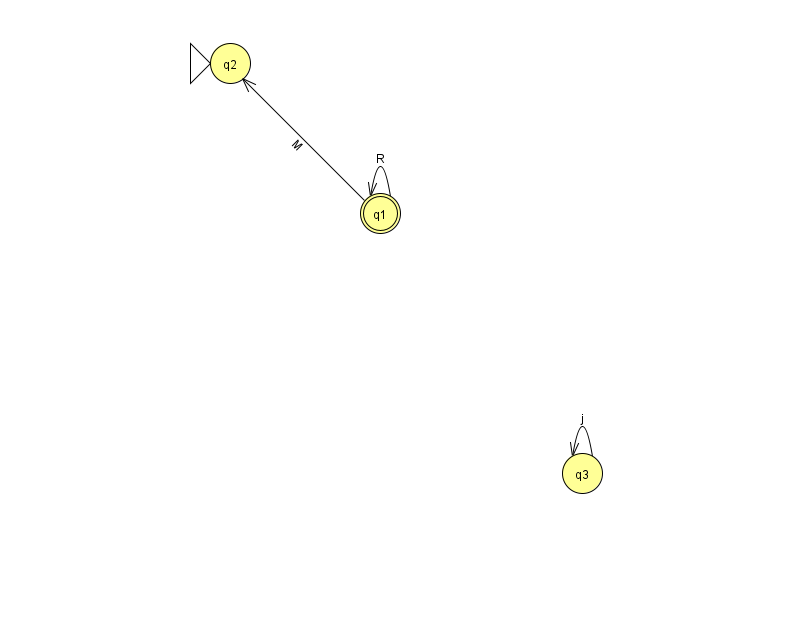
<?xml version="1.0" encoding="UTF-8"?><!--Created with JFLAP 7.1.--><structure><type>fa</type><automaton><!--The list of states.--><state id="1" name="q1"><x>380.0</x><y>200.0</y><final/></state><state id="2" name="q2"><x>230.0</x><y>50.0</y><initial/></state><state id="3" name="q3"><x>582.0</x><y>460.0</y></state><!--The list of transitions.--><transition><from>1</from><to>1</to><read>R</read></transition><transition><from>3</from><to>3</to><read>j</read></transition><transition><from>1</from><to>2</to><read>M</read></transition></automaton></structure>